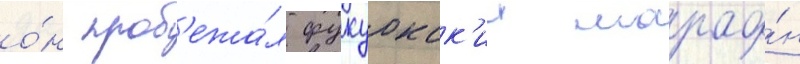
о́н проб'ежа́л фукуокск'ии марафо́н